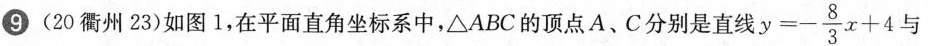
(20衢州23)如图1，在平面直角坐标系中，△ABC的顶点A、C分别是直线$$y = - \frac{8}{3} x + 4$$ 与